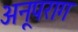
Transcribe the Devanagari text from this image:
अनूपराग